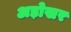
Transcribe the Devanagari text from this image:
अड़ोखर